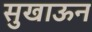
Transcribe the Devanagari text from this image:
सुखाऊन